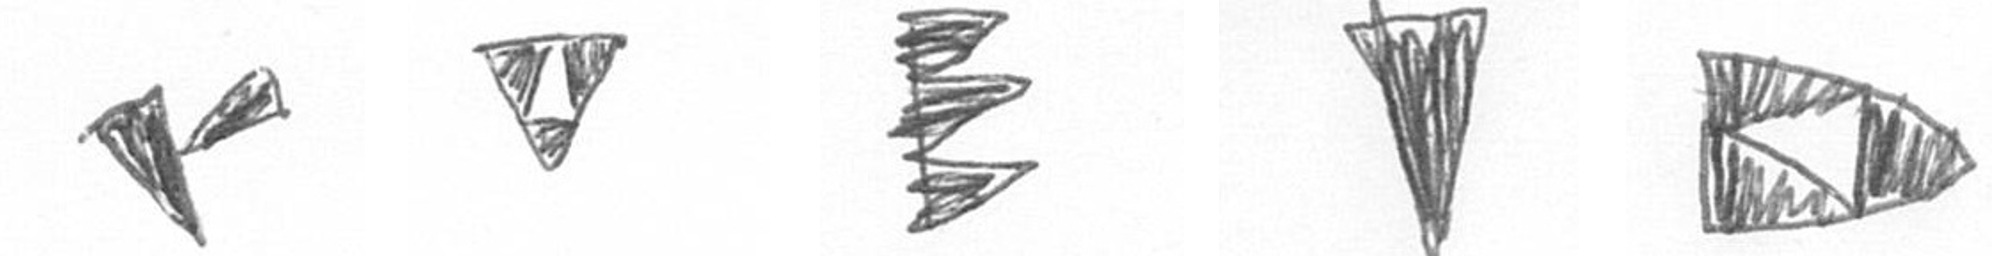
F S H J K